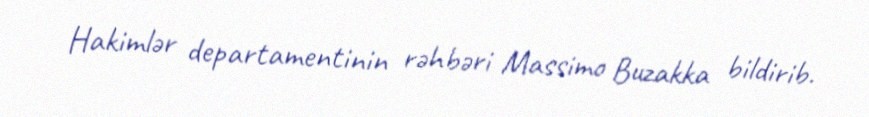
Hakimlər departamentinin rəhbəri Massimo Buzakka bildirib.